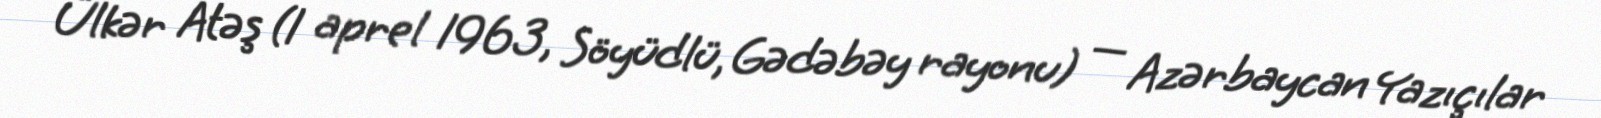
Ülkər Atəş (1 aprel 1963, Söyüdlü, Gədəbəy rayonu) — Azərbaycan Yazıçılar